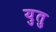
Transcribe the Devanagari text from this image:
युतु